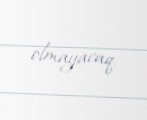
olmayacaq.